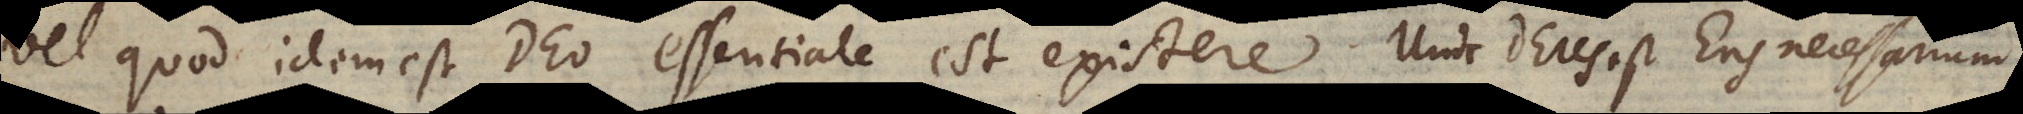
vel quod idem est Deo essentiale est existere.Unde Deus est Ens necessarium